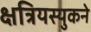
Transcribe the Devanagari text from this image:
क्षत्रियस्युकने